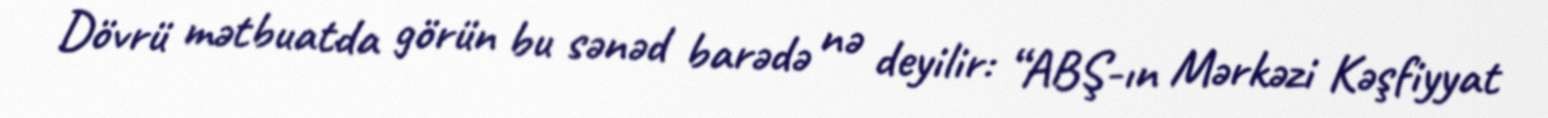
Dövrü mətbuatda görün bu sənəd barədə nə deyilir: “ABŞ-ın Mərkəzi Kəşfiyyat